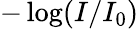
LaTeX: -\log(I/I_{0})